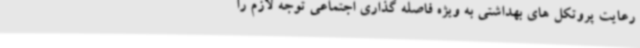
رعایت پروتکل های بهداشتی به ویژه فاصله گذاری اجتماعی توجه لازم را